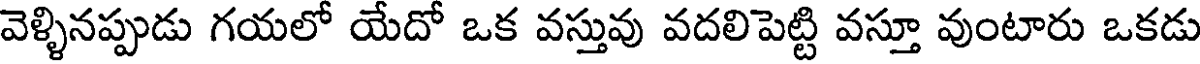
వెళ్ళినప్పుడు గయలో యేదో ఒక వస్తువు వదలిపెట్టి వస్తూ వుంటారు ఒకడు